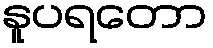
နူပရတော